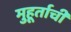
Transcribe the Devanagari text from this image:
मुहूर्ताची